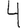
Digit: 4